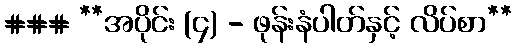
### **အပိုင်း (၄) - ဖုန်းနံပါတ်နှင့် လိပ်စာ**